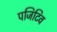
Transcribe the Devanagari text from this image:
पजिटिव